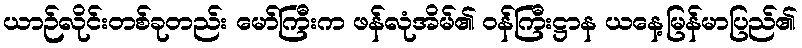
ယာဉ်လိုင်းတစ်ခုတည်း မော်ကြီးက ဖန်လုံအိမ်၏ ဝန်ကြီးဋ္ဌာန ယနေ့မြန်မာပြည်၏